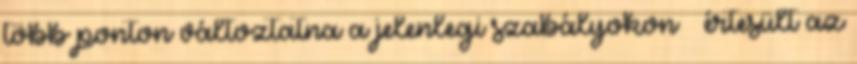
több ponton változtatna a jelenlegi szabályokon – értesült az